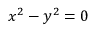
x ^ { 2 } - y ^ { 2 } = 0